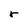
Character: r